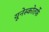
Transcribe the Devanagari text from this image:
यूनेस्कोतर्फे